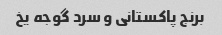
برنج پاکستانی و سرد گوجه یخ